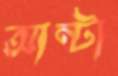
আন্টা